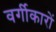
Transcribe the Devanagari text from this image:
वर्गीकारों